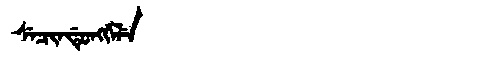
Manchu: ᠰᡝᠴᡳᠨᡩᡠᠩᡤᡝᠯᡝ
Romanization: SECINDUNGGELE